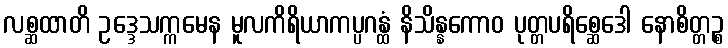
လစ္ဆထာတိ ဥဒ္ဒေသက္ကမေန မူလကိရိယာကပ္ပဂန္ထံ နိသိန္နကောဝ ပုတ္တပရိစ္ဆေဒေါ နောစိတ္တဉ္စ